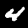
Label: 4